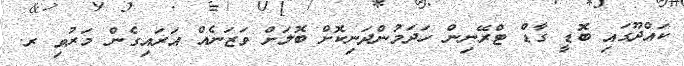
ކައްދޫގައި ބޮޑީ ގާޑް ޓްރޭނިން ހަދަމުންދަނިކޮށް ބޮލަށް ވަޒަނެއް އަރައިގެން މަރުވި ރ.